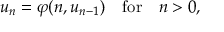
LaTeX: u _ { n } = \varphi ( n , u _ { n - 1 } ) \quad { \mathrm { f o r } } \quad n > 0 ,